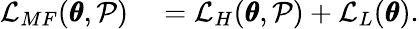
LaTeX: \begin{array}{rl}{\mathcal{L}_{MF}(\pmb{\theta},\mathcal{P})}&{{}=\mathcal{L}_{H}(\pmb{\theta},\mathcal{P})+\mathcal{L}_{L}(\pmb{\theta})}\end{array}.